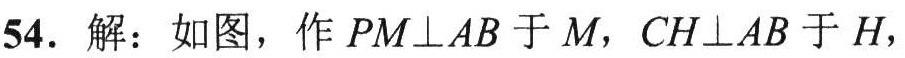
54. 解：如图，作 \(PM\perp AB\) 于 \(M\)，\(CH\perp AB\) 于 \(H\)，